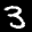
Label: 3